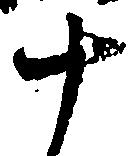
十